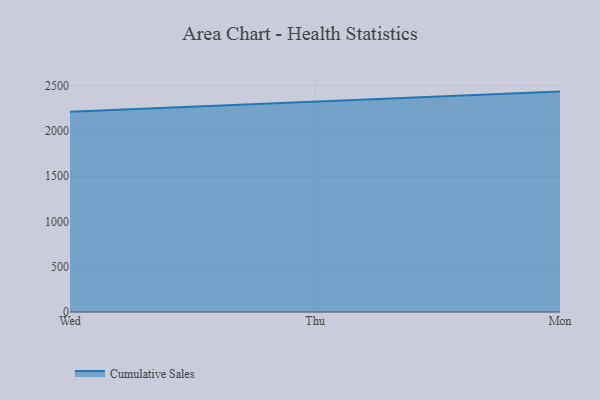
{"axis": {"x": "Day", "y": "Backlog"}, "legend": ["Cumulative Sales"], "data": [{"x": "Wed", "y": 2210.9, "type": "Cumulative Sales"}, {"x": "Thu", "y": 2319.0, "type": "Cumulative Sales"}, {"x": "Mon", "y": 2433.6, "type": "Cumulative Sales"}]}